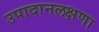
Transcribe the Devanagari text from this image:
उपादानलक्षणा